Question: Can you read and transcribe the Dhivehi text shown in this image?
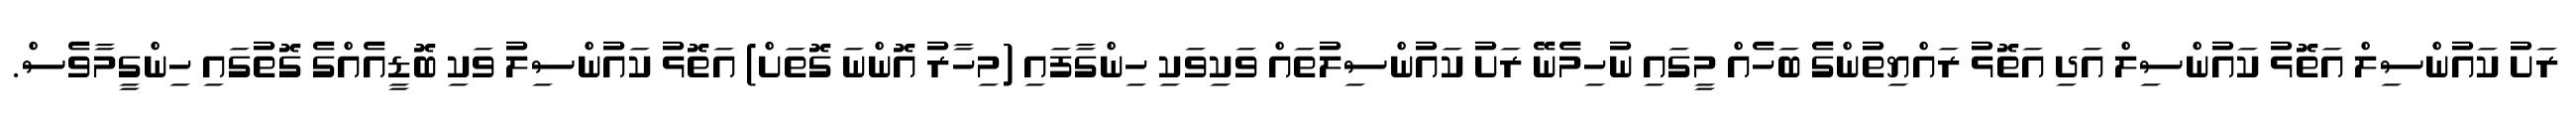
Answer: ރަށު ކައުންސިލް އަތޮޅު ކައުންސިލް އަދި އަތޮޅު ރައްޔިތުންގެ ބަހެއް މީގައި ނުހިމެނޭ ރަށު ކައުންސިލުތައް ވަކިވަކި ހިންގާފައި (މިހާރު އޮންނަ ގޮތަށް) އަތޮޅު ކައުންސިލު ވަކި ބޮޑީއެއްގެ ގޮތުގައި ހިންގީމާވެސް.